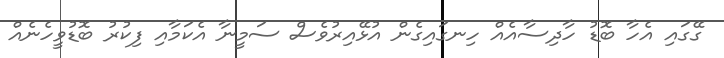
ގޭގައި އެހާ ބޮޑު ހާދިސާއެއް ހިނގައިގެން އުޅޭއިރުވެސް ސަމީނާ އެކަމާއި ފިކުރު ބޮޑުވީހެނެއް